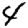
Digit: 4